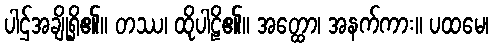
ပါဌ်အချို့ရှိ၏။ တဿ၊ ထိုပါဠိ၏။ အတ္ထော၊ အနက်ကား။ ပထမေ၊